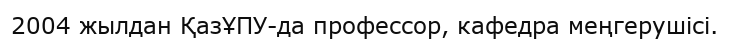
2004 жылдан ҚазҰПУ-да профессор, кафедра меңгерушісі.